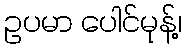
ဥပမာ ပေါင်မုန့်၊